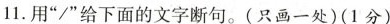
11.用”/”给下面的文字断句。(只画一处)(1分)